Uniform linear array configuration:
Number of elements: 32
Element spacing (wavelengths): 1
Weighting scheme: hamming
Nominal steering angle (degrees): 0
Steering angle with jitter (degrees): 1.131
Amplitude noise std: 0.05
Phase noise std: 0.05

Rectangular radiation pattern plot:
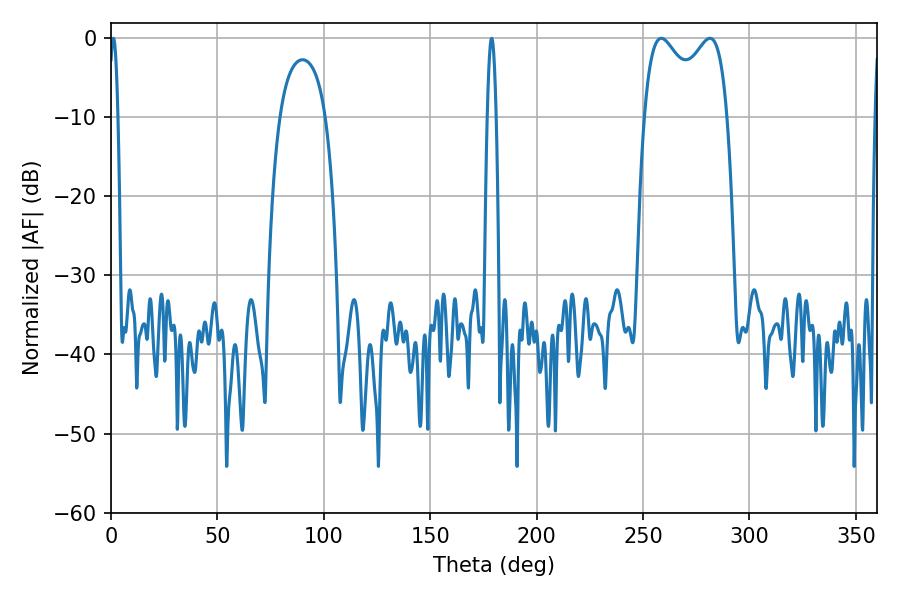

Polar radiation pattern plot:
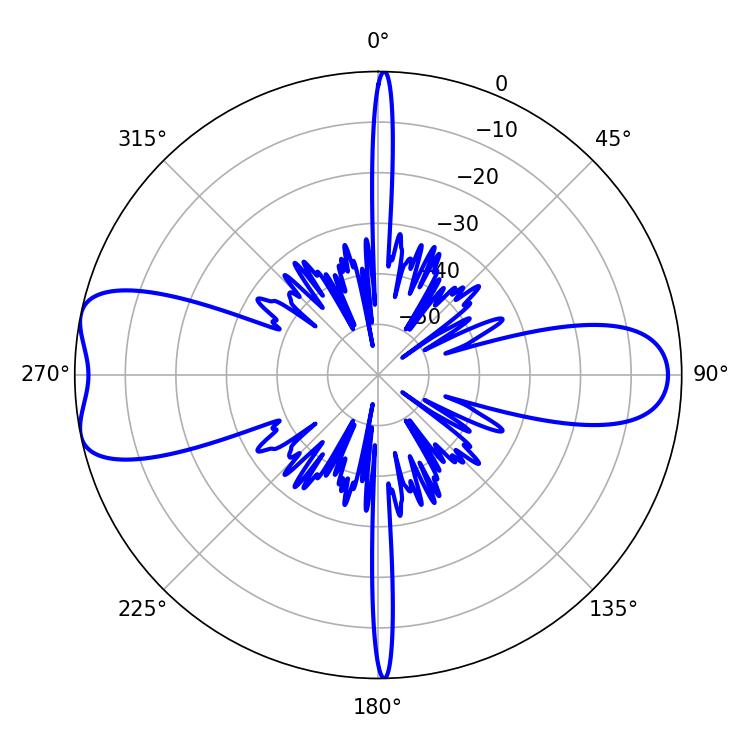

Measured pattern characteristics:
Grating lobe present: TRUE
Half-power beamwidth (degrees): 32.76
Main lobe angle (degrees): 258.48